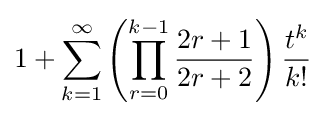
1+\sum _{k=1}^{\infty }\left(\prod _{r=0}^{k-1}{\frac {2r+1}{2r+2}}\right){\frac {t^{k}}{k!}}